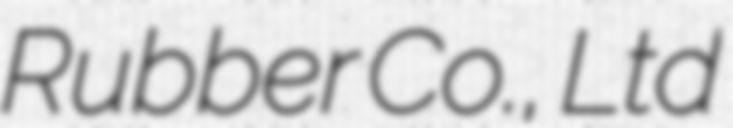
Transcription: Rubber Co., Ltd